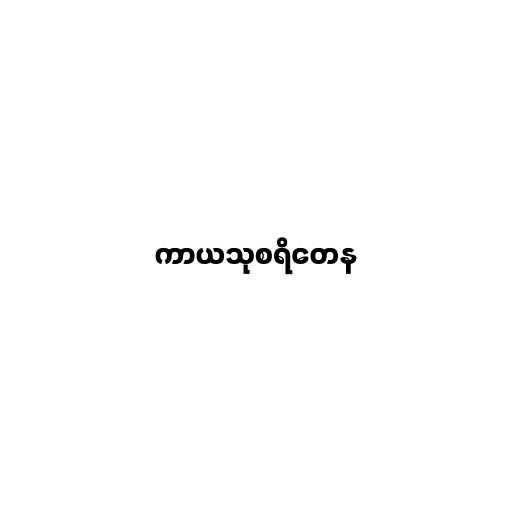
ကာယသုစရိတေန